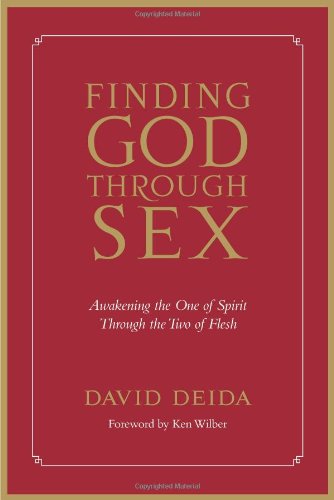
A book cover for Finding God Through Sex: Awakening the One of Spirit Through the Two of Flesh; David Deida; Religion & Spirituality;